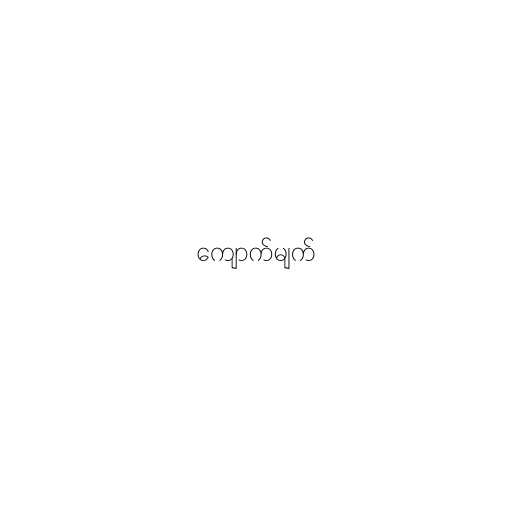
ကျောက်မျက်